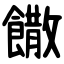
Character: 饊